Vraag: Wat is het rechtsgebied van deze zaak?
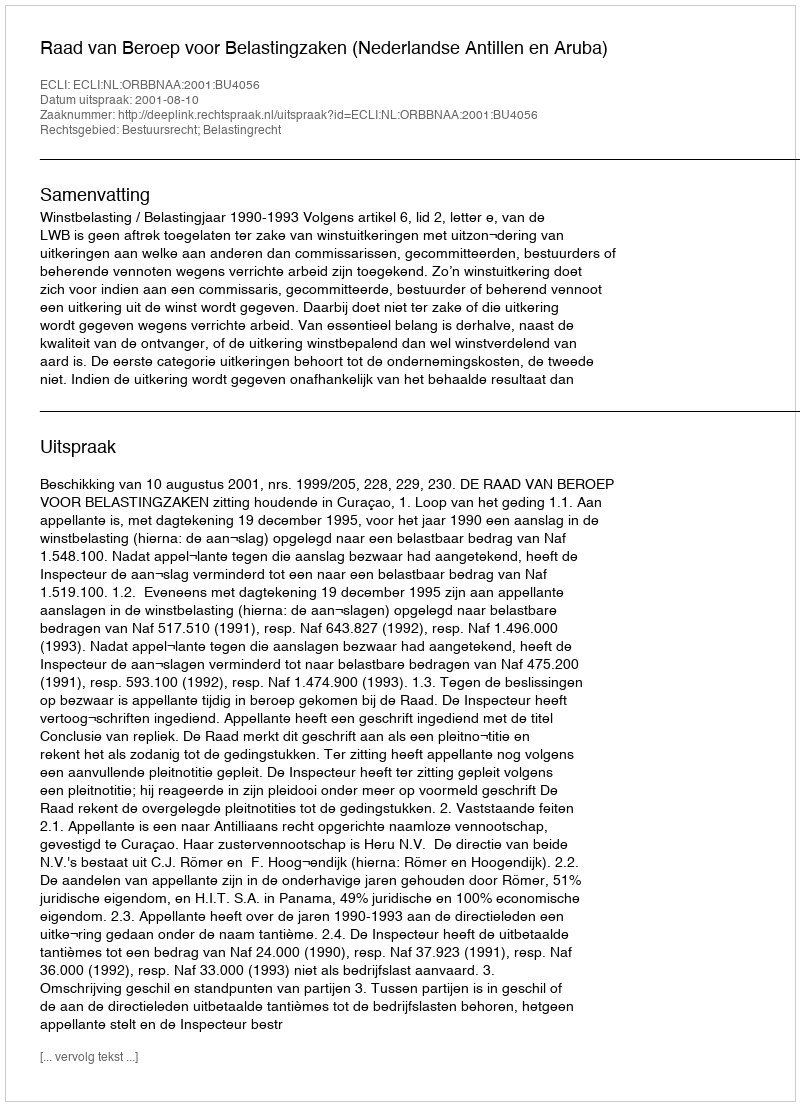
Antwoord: Bestuursrecht; Belastingrecht